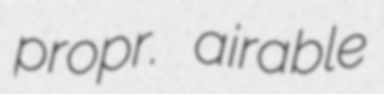
propr. airable